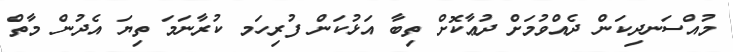
މުއްސަނދިކަން ދެއްވުމަށް ދުޢާކޮށް ތިބާ އަޅުކަން ފުރިހަމ ކުރާނަމަ ތިޔަ އެދުން މާތް